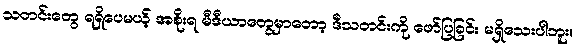
သတင်းတွေ ရရှိပေမယ့် အစိုးရ မီဒီယာတွေမှာတော့ ဒီသတင်းကို ဖော်ပြခြင်း မရှိသေးပါဘူး။